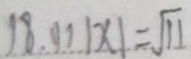
1 8 . ( 1 ) \vert x \vert \times 1 = \sqrt { 1 1 }